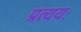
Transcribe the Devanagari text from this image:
प्रत्ययः